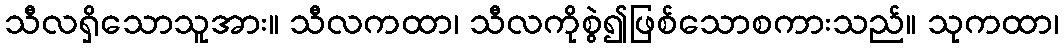
သီလရှိသောသူအား။ သီလကထာ၊ သီလကိုစွဲ၍ဖြစ်သောစကားသည်။ သုကထာ၊